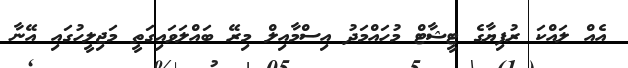
އެއް ލައްކަ ރުފިޔާގެ ޓީޝާޓް މުހައްމަދު އިސްމާއިލް މިރޭ ބައްލަވައިގަތީ މަޖިލީހުގައި އޭނާ